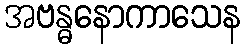
အဗန္ဓနောကာသေန